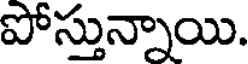
పోస్తున్నాయి.